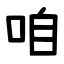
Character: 咱